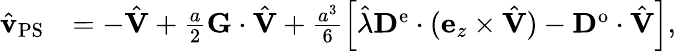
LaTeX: \begin{array}{rl}{\hat{\mathbf{v}}_{\mathrm{PS}}}&{=-\hat{\mathbf{V}}+\frac{a}{2}\mathbf{G}\cdot\hat{\mathbf{V}}+\frac{a^{3}}{6}\left[\hat{\lambda}\mathbf{D}^{\mathrm{e}}\cdot(\mathbf{e}_{z}\times\hat{\mathbf{V}})-\mathbf{D}^{\mathrm{o}}\cdot\hat{\mathbf{V}}\right],}\end{array}